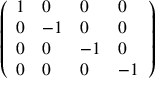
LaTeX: \left( \begin{array} { l l l l } { 1 } & { 0 } & { 0 } & { 0 } \\ { 0 } & { - 1 } & { 0 } & { 0 } \\ { 0 } & { 0 } & { - 1 } & { 0 } \\ { 0 } & { 0 } & { 0 } & { - 1 } \end{array} \right)